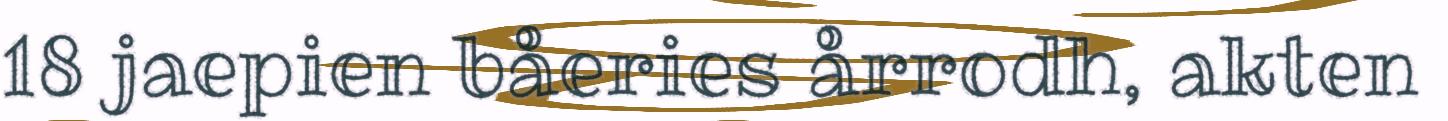
18 jaepien båeries årrodh, akten